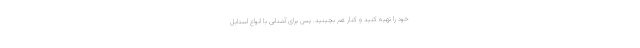
خود را تهیه کنید و کنار هم بچینید. پس برای آشنایی با انواع استایل